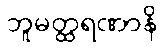
ဘူမတ္ထရဏာနိ